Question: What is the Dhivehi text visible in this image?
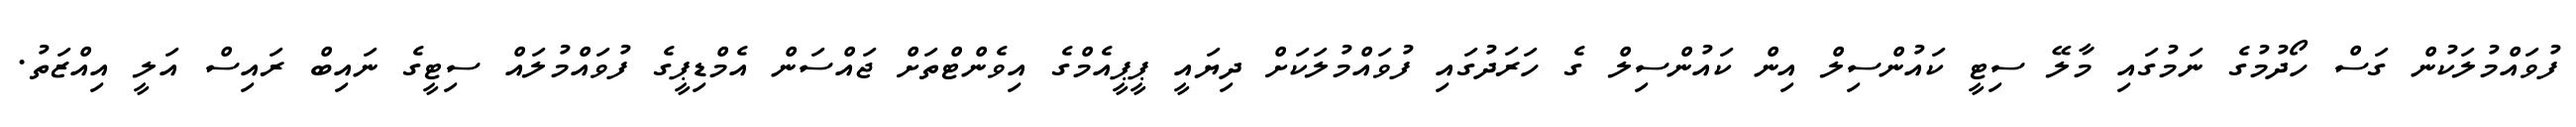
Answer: ފުވައްމުލަކުން ގަސް ހޯދުމުގެ ނަމުގައި މާލޭ ސިޓީ ކައުންސިލް އިން ކައުންސިލް ގެ ހަރަދުގައި ފުވައްމުލަކަށް ދިޔައީ ޕީޕީއެމްގެ އިވެންޓްތަށް ޖައްސަން އެމްޑިޕީގެ ފުވައްމުލައް ސިޓީގެ ނައިބް ރައިސް އަލީ އިއްޒަތު.